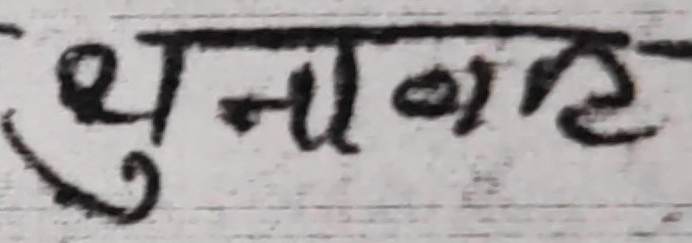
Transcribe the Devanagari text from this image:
धुनाबाट